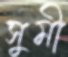
সুমী